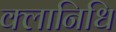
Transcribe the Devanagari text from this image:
क्लानिधि